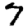
Digit: 7